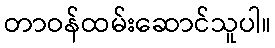
တာဝန်ထမ်းဆောင်သူပါ။